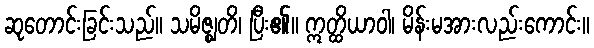
ဆုတောင်းခြင်းသည်။ သမိဇ္ဈတိ၊ ပြီး၏။ ဣတ္ထိယာဝါ၊ မိန်းမအားလည်းကောင်း။